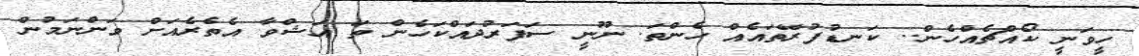
ހީވަނީ ކޯއްޗެއްހެން.. ކަނޑުފުރޭތައެއް ހެންތަ. ނޫނީ ސަފަރުދައްކަހެން ތަ އަޝްވާ އެތެރެއަށް ވަންނަމުން